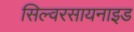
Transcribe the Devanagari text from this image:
सिल्वरसायनाइड